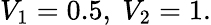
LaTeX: V_{1}=0.5,~V_{2}=1.